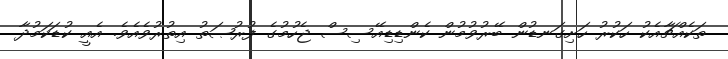
ތަކެއްޗާއެކު ހަކުރު ހަށިގަނޑުން ބޭރުވުމުން ކެންޑިޑިއޭސިސް ޖެހުމުގެ ފުރުޞަތު އިތުރުވެއެވެ. އެއީ ކުޑަކަމުދާ